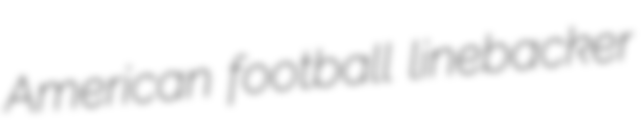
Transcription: American football linebacker